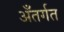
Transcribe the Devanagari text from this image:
अँतर्गत